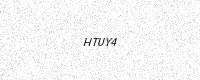
Text: HTUY4